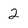
Character: 2